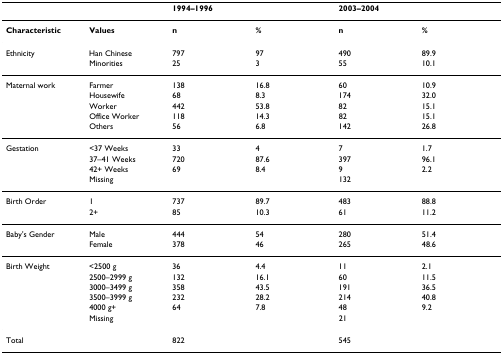
<table><thead><tr><td></td><td></td><td colspan="2"><b>1994–1996</b></td><td colspan="2"><b>2003–2004</b></td></tr></thead><tbody><tr><td><b>Characteristic</b></td><td><b>Values</b></td><td><b>n</b></td><td><b>%</b></td><td><b>n</b></td><td><b>%</b></td></tr><tr><td>Ethnicity</td><td>Han Chinese</td><td>797</td><td>97</td><td>490</td><td>89.9</td></tr><tr><td></td><td>Minorities</td><td>25</td><td>3</td><td>55</td><td>10.1</td></tr><tr><td>Maternal work</td><td>Farmer</td><td>138</td><td>16.8</td><td>60</td><td>10.9</td></tr><tr><td></td><td>Housewife</td><td>68</td><td>8.3</td><td>174</td><td>32.0</td></tr><tr><td></td><td>Worker</td><td>442</td><td>53.8</td><td>82</td><td>15.1</td></tr><tr><td></td><td>Office Worker</td><td>118</td><td>14.3</td><td>82</td><td>15.1</td></tr><tr><td></td><td>Others</td><td>56</td><td>6.8</td><td>142</td><td>26.8</td></tr><tr><td>Gestation</td><td>&lt;37 Weeks</td><td>33</td><td>4</td><td>7</td><td>1.7</td></tr><tr><td></td><td>37–41 Weeks</td><td>720</td><td>87.6</td><td>397</td><td>96.1</td></tr><tr><td></td><td>42+ Weeks</td><td>69</td><td>8.4</td><td>9</td><td>2.2</td></tr><tr><td></td><td>Missing</td><td></td><td></td><td>132</td><td></td></tr><tr><td>Birth Order</td><td>1</td><td>737</td><td>89.7</td><td>483</td><td>88.8</td></tr><tr><td></td><td>2+</td><td>85</td><td>10.3</td><td>61</td><td>11.2</td></tr><tr><td>Baby&#x27;s Gender</td><td>Male</td><td>444</td><td>54</td><td>280</td><td>51.4</td></tr><tr><td></td><td>Female</td><td>378</td><td>46</td><td>265</td><td>48.6</td></tr><tr><td>Birth Weight</td><td>&lt;2500 g</td><td>36</td><td>4.4</td><td>11</td><td>2.1</td></tr><tr><td></td><td>2500–2999 g</td><td>132</td><td>16.1</td><td>60</td><td>11.5</td></tr><tr><td></td><td>3000–3499 g</td><td>358</td><td>43.5</td><td>191</td><td>36.5</td></tr><tr><td></td><td>3500–3999 g</td><td>232</td><td>28.2</td><td>214</td><td>40.8</td></tr><tr><td></td><td>4000 g+</td><td>64</td><td>7.8</td><td>48</td><td>9.2</td></tr><tr><td></td><td>Missing</td><td></td><td></td><td>21</td><td></td></tr><tr><td>Total</td><td></td><td>822</td><td></td><td>545</td><td></td></tr></tbody></table>